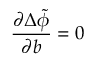
\frac { \partial \Delta \Tilde { \phi } } { \partial b } = 0